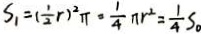
S _ { 1 } = ( \frac { 1 } { 2 } r ) ^ { 2 } \pi = \frac { 1 } { 4 } \pi r ^ { 2 } = \frac { 1 } { 4 } S _ { \circ }